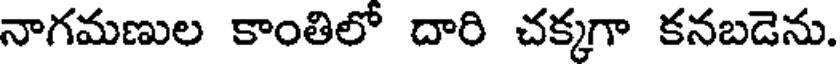
నాగమణుల కాంతిలో దారి చక్కగా కనబడెను.